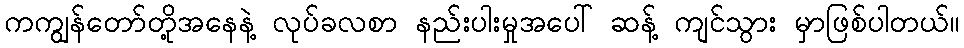
ကကျွန်တော်တို့အနေနဲ့ လုပ်ခလစာ နည်းပါးမှုအပေါ် ဆန့် ကျင်သွား မှာဖြစ်ပါတယ်။